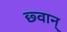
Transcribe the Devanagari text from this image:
छ्वान्